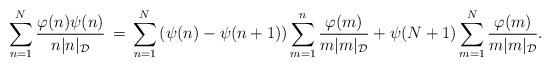
LaTeX: \begin{align*}\sum_{n=1}^N \frac{\varphi(n)\psi(n)}{n|{n}|_{\mathcal{D}}} \, = \, \sum_{n=1}^N\left(\psi(n)-\psi(n+1) \right) \sum_{m=1}^n \frac{\varphi(m)}{m|{m}|_{\mathcal{D}}}+ \psi(N+1)\sum_{m=1}^N \frac{\varphi(m)}{m|{m}|_{\mathcal{D}}}.\end{align*}